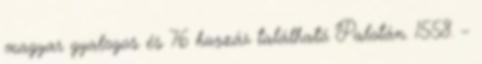
magyar gyalogos és 76 huszár található Palotán. 1558. –